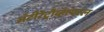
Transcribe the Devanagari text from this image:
अँटीरेट्रोव्हायरल